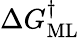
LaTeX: \Delta G_{\mathrm{ML}}^{\dagger}